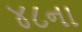
૪૮ના